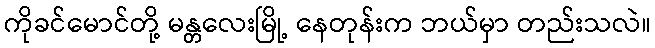
ကိုခင်မောင်တို့ မန္တလေးမြို့ နေတုန်းက ဘယ်မှာ တည်းသလဲ။